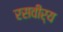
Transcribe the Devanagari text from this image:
रसवीर्य